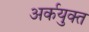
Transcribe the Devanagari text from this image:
अर्कयुक्त